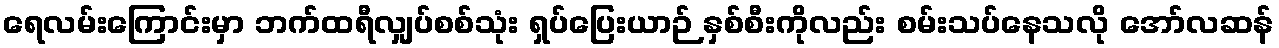
ရေလမ်းကြောင်းမှာ ဘက်ထရီလျှပ်စစ်သုံး ရှပ်ပြေးယာဉ် နှစ်စီးကိုလည်း စမ်းသပ်နေသလို အော်လဆန်